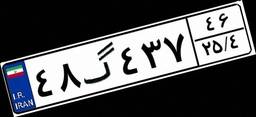
۴۸گ۴۳۷۴۶